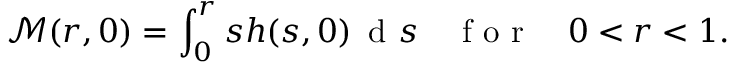
\mathcal { M } ( r , 0 ) = \int _ { 0 } ^ { r } s h ( s , 0 ) \, \mathrm { ~ d ~ } s \quad \mathrm { ~ f ~ o ~ r ~ } \quad 0 < r < 1 .